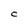
Character: c